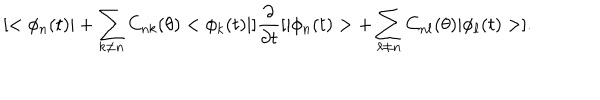
LaTeX: [ < \phi _ { n } ( t ) | + \sum _ { k \neq n } C _ { n k } ( \theta ) < \phi _ { k } ( t ) | ] \frac { \partial } { \partial t } [ | \phi _ { n } ( t ) > + \sum _ { \ell \neq n } C _ { n \ell } ( \theta ) | \phi _ { \ell } ( t ) > ] .